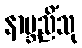
နာဗ္ဘညိံသု